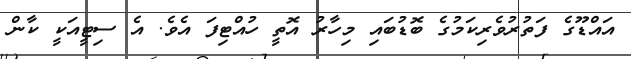
އައްޑޫގެ ފަތުރުވެރިކަމުގެ ބޮޑުބައި މިހާރު އޮތީ ހުއްޓިފަ އެވެ. އެ ސިޓީއަކީ ކާން